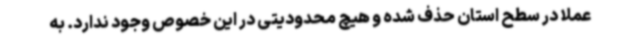
عملا در سطح استان حذف شده و هیچ محدودیتی در این خصوص وجود ندارد. به